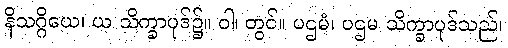
နိသဂ္ဂိယေ၊ ယ သိက္ခာပုဒ်၌။ ဝါ၊ တွင်။ ပဌမံ၊ ပဌမ သိက္ခာပုဒ်သည်၊